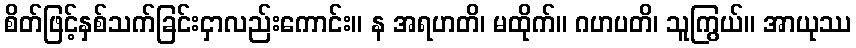
စိတ်ဖြင့်နှစ်သက်ခြင်းငှာလည်းကောင်း။ န အရဟတိ၊ မထိုက်။ ဂဟပတိ၊ သူကြွယ်။ အာယုဿ